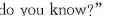
do you know?"